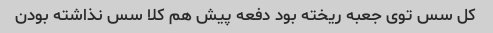
کل سس توی جعبه ریخته بود دفعه پیش هم کلا سس نذاشته بودن